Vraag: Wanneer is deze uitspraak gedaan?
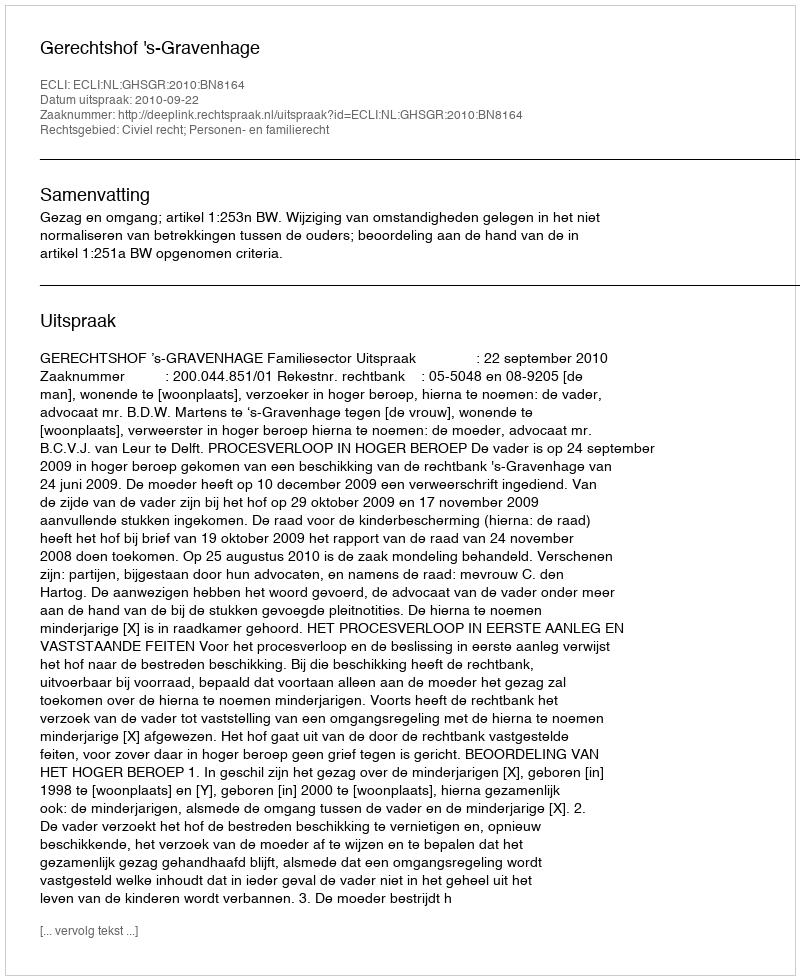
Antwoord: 2010-09-22